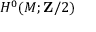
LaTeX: H ^ { 0 } ( M ; \mathbf { Z } / 2 )